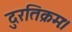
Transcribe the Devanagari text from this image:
दुरतिक्रमः।